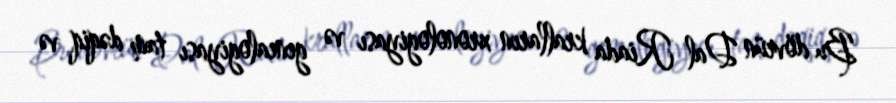
Bu dövrün Dal Riada kralların xronologiyası və genealogiyası tam dəqiq və